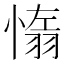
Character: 𦑑